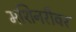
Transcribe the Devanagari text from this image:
मशिनरीवर